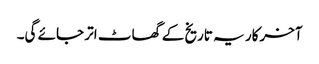
آخرکار یہ تاریخ کے گھاٹ اتر جائے گی۔